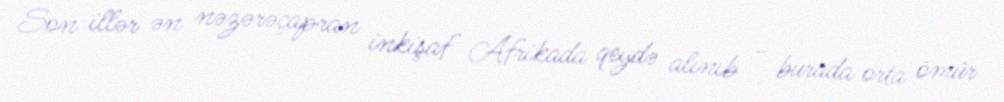
Son illər ən nəzərəçapran inkişaf Afrikada qeydə alınıb - burada orta ömür